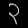
Digit: ၃